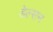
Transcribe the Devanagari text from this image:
डेल्सन